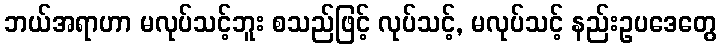
ဘယ်အရာဟာ မလုပ်သင့်ဘူး စသည်ဖြင့် လုပ်သင့်, မလုပ်သင့် နည်းဥပဒေတွေ